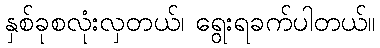
နှစ်ခုစလုံးလှတယ်၊ ရွေးရခက်ပါတယ်။